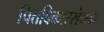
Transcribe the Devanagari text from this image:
पित्तविकाररोधक